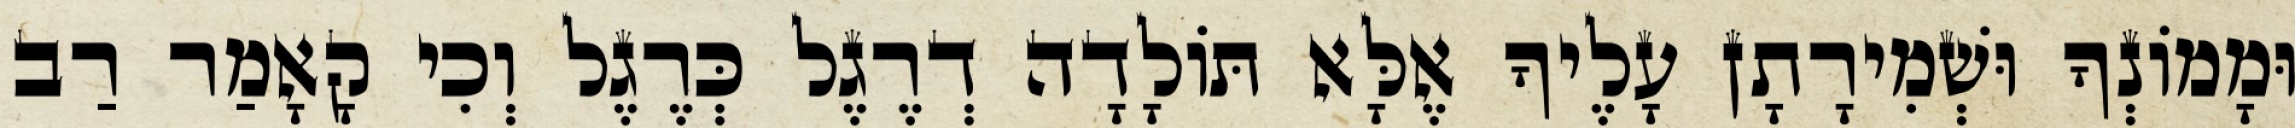
וּמָמוֹנְךָ וּשְׁמִירָתָן עָלֶיךָ אֶלָּא תּוֹלָדָה דְרֶגֶל כְּרֶגֶל וְכִי קָאָמַר רַב